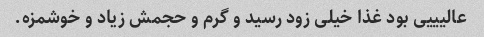
عالیییی بود غذا خیلی زود رسید و گرم و حجمش زیاد و خوشمزه.